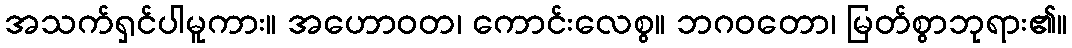
အသက်ရှင်ပါမူကား။ အဟောဝတ၊ ကောင်းလေစွ။ ဘဂဝတော၊ မြတ်စွာဘုရား၏။